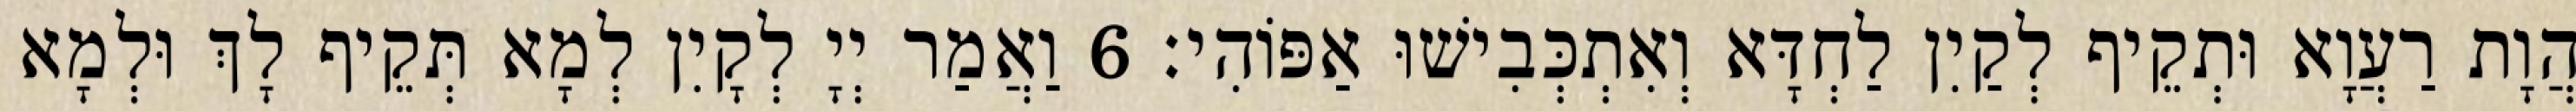
הֲוָת רַעֲוָא וּתְקֵיף לְקַיִן לַחְדָּא וְאִתְכְּבִישׁוּ אַפּוֹהִי׃ 6 וַאֲמַר יְיָ לְקָיִן לְמָא תְּקֵיף לָךְ וּלְמָא